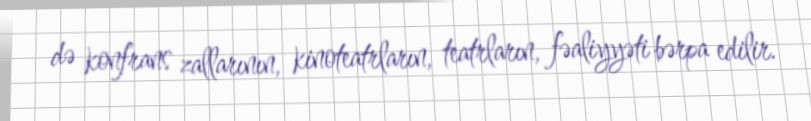
də konfrans zallarının, kinoteatrların, teatrların, fəaliyyəti bərpa edilir.